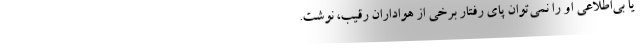
یا بی‌اطلاعی او را نمی‌توان پای رفتار برخی از هواداران رقیب، نوشت.